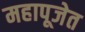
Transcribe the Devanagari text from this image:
महापूजेत